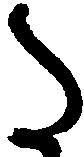
た